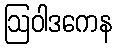
ဩဝါဒကေန